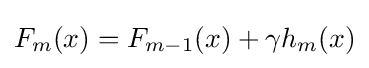
F_{m}(x)=F_{m-1}(x)+\gamma h_{m}(x)